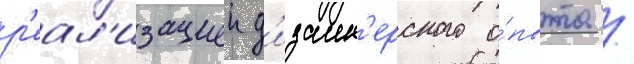
р'еал'изациеи д'изаин'ерского о́пыта /